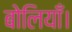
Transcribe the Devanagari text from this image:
बोलियाँ।